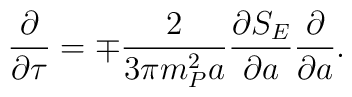
\frac{\partial}{\partial \tau} = \mp \frac{2}{3 \pi m_P^2 a}\frac{\partial S_E}{\partial a} \frac{\partial}{\partial a}.